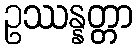
ဥဿန္နတ္တာ